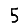
Digit: 5